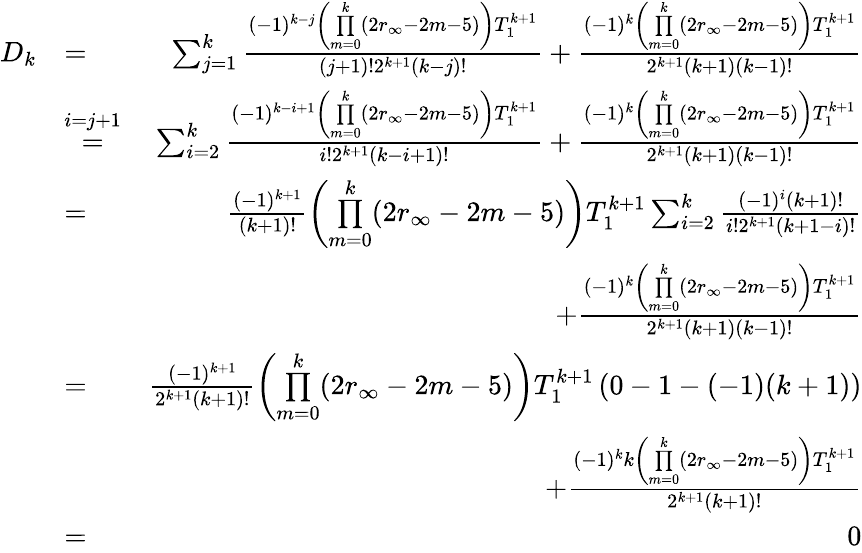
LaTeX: \begin{array}{rlr}{D_{k}}&{=}&{\sum_{j=1}^{k}\frac{(-1)^{k-j}\left(\underset{m=0}{\overset{k}{\prod}}(2r_{\infty}-2m-5)\right)T_{1}^{k+1}}{(j+1)!2^{k+1}(k-j)!}+\frac{(-1)^{k}\left(\underset{m=0}{\overset{k}{\prod}}(2r_{\infty}-2m-5)\right)T_{1}^{k+1}}{2^{k+1}(k+1)(k-1)!}}\\ &{\overset{i=j+1}{=}}&{\sum_{i=2}^{k}\frac{(-1)^{k-i+1}\left(\underset{m=0}{\overset{k}{\prod}}(2r_{\infty}-2m-5)\right)T_{1}^{k+1}}{i!2^{k+1}(k-i+1)!}+\frac{(-1)^{k}\left(\underset{m=0}{\overset{k}{\prod}}(2r_{\infty}-2m-5)\right)T_{1}^{k+1}}{2^{k+1}(k+1)(k-1)!}}\\ &{=}&{\frac{(-1)^{k+1}}{(k+1)!}\left(\underset{m=0}{\overset{k}{\prod}}(2r_{\infty}-2m-5)\right)T_{1}^{k+1}\sum_{i=2}^{k}\frac{(-1)^{i}(k+1)!}{i!2^{k+1}(k+1-i)!}}\\ &{}&{+\frac{(-1)^{k}\left(\underset{m=0}{\overset{k}{\prod}}(2r_{\infty}-2m-5)\right)T_{1}^{k+1}}{2^{k+1}(k+1)(k-1)!}}\\ &{=}&{\frac{(-1)^{k+1}}{2^{k+1}(k+1)!}\left(\underset{m=0}{\overset{k}{\prod}}(2r_{\infty}-2m-5)\right)T_{1}^{k+1}\left(0-1-(-1)(k+1)\right)}\\ &{}&{+\frac{(-1)^{k}k\left(\underset{m=0}{\overset{k}{\prod}}(2r_{\infty}-2m-5)\right)T_{1}^{k+1}}{2^{k+1}(k+1)!}}\\ &{=}&{0}\end{array}